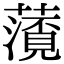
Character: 𮒐